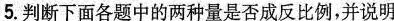
5.判断下面各题中的两种量是否成反比例，并说明